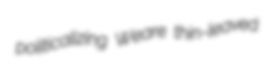
politicalizing Weare thin-leaved